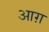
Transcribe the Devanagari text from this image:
आग़